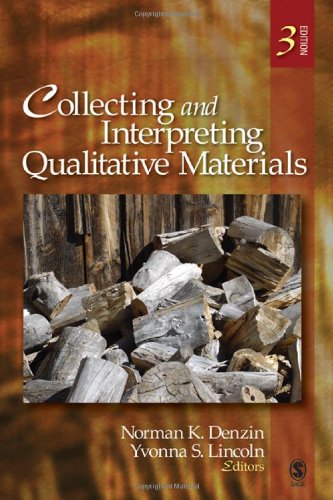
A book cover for Collecting and Interpreting Qualitative Materials; Politics & Social Sciences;